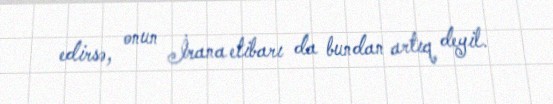
edirsə, onun İrana etibarı da bundan artıq deyil.